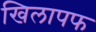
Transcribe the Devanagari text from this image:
खिलापफ